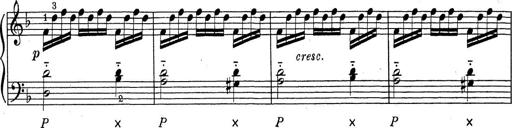
Title: ÄŒeskÃ© Sonatiny
Composer: Various